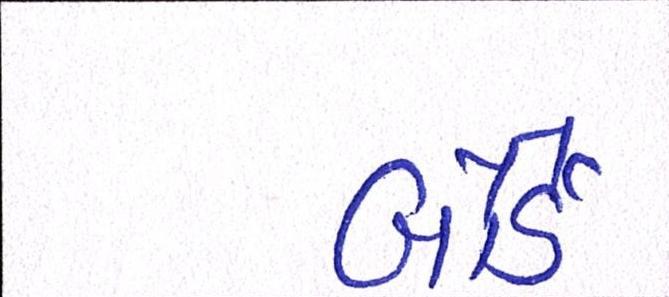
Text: બોર્ડે